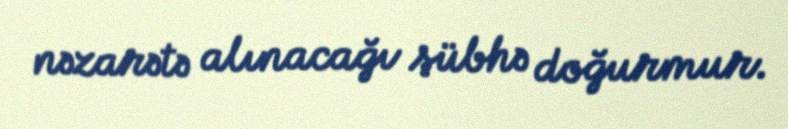
nəzarətə alınacağı şübhə doğurmur.